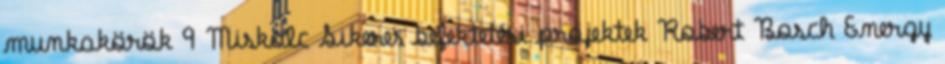
munkakörök 9 Miskolc Sikeres befektetési projektek Robert Bosch Energy